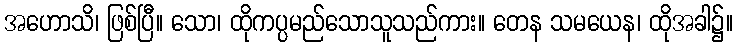
အဟောသိ၊ ဖြစ်ပြီ။ သော၊ ထိုကပ္ပမည်သောသူသည်ကား။ တေန သမယေန၊ ထိုအခါ၌။